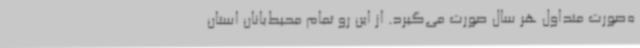
ه‌صورت متداول هر سال صورت می‌گیرد. از این رو تمام محیط‌بانان استان